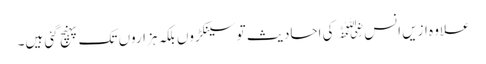
علاوہ ازیں انس﷜ کی احادیث تو سینکڑوں بلکہ ہزاروں تک پہنچ گئی ہیں۔